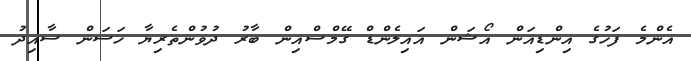
އެންމެ ފަހުގެ އިންޑިއަން އޯޝަން އައިލެންޑް ގޭމްސްއިން ބާރު ދުވުންތެރިޔާ ހަސަން ސާއިދު